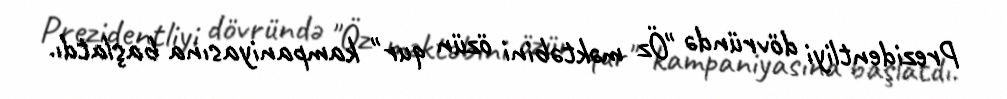
Prezidentliyi dövründə "Öz məktəbini özün qur" kampaniyasına başlatdı.